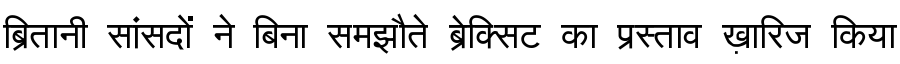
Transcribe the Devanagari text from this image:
ब्रितानी सांसदों ने बिना समझौते ब्रेक्सिट का प्रस्ताव ख़ारिज किया